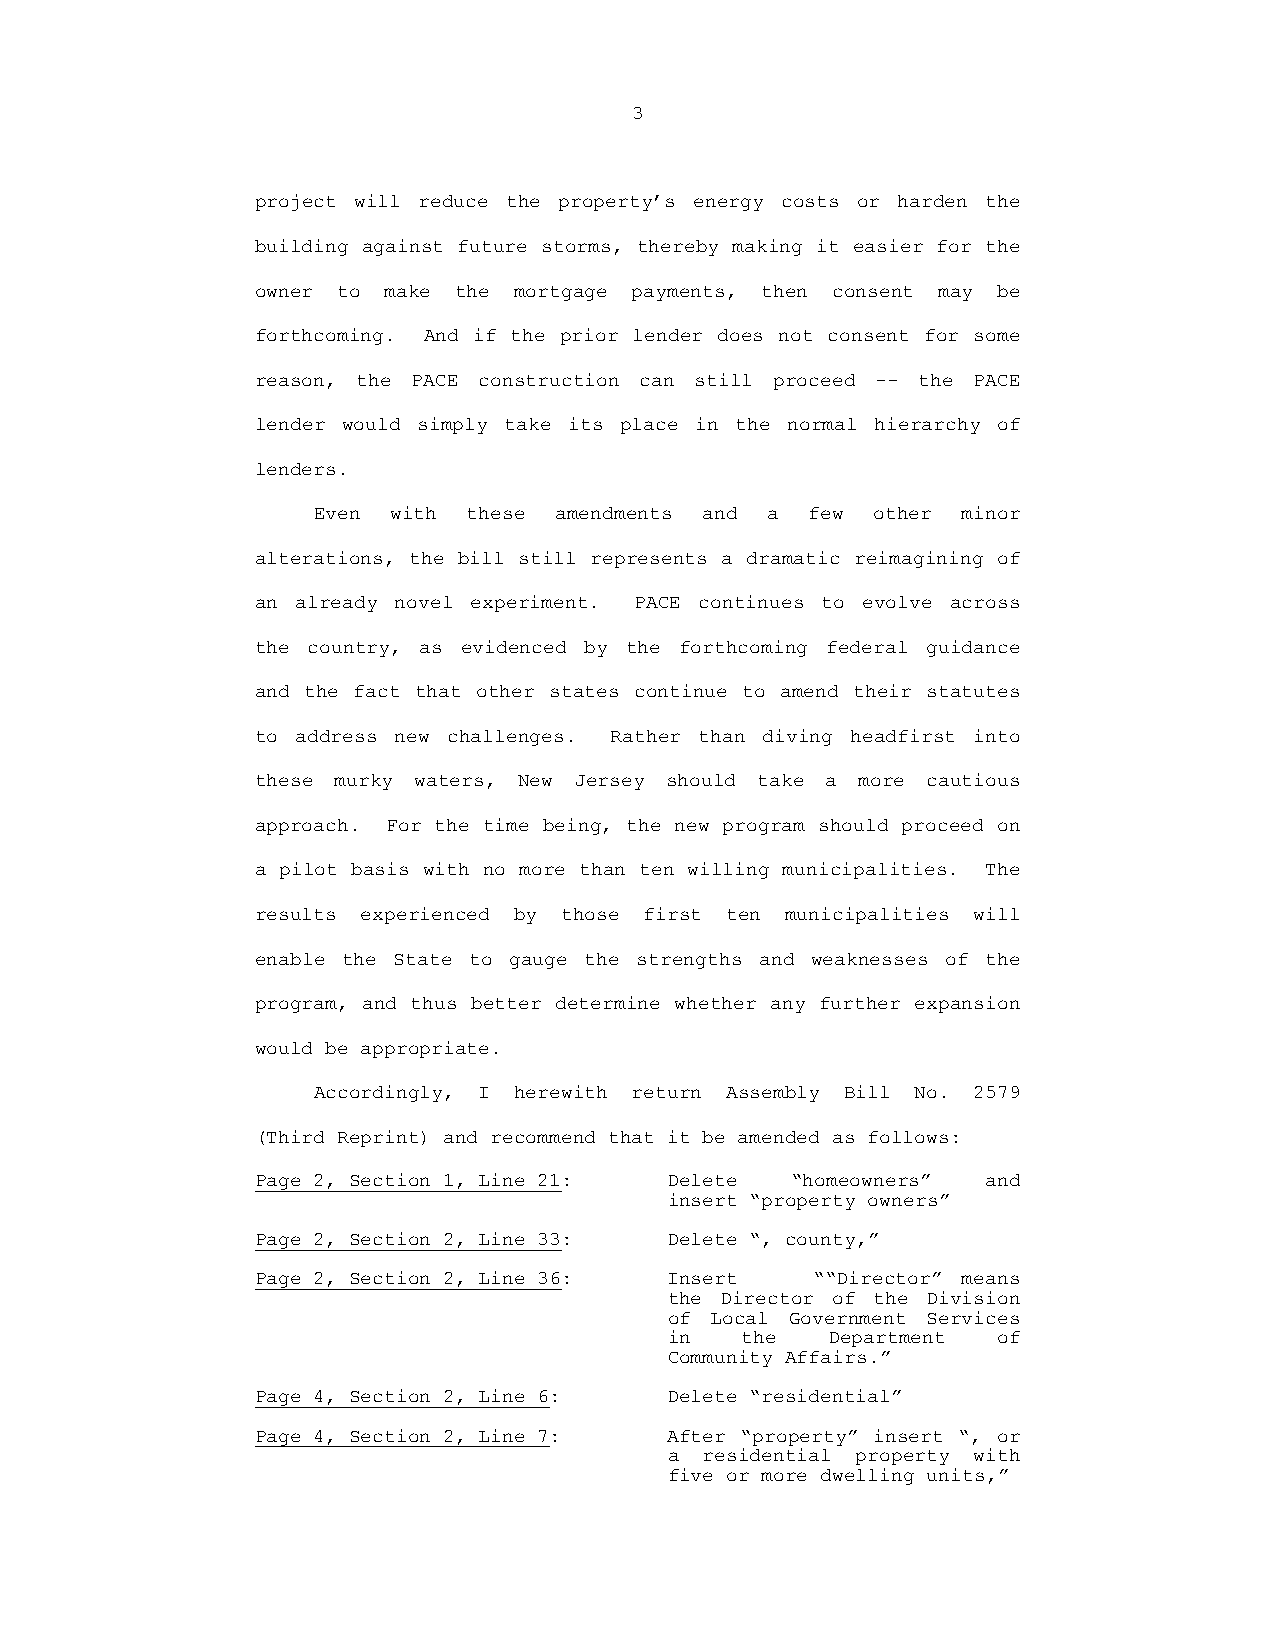
3
 project will reduce the property’s energy costs or harden the
 building against future storms, thereby making it easier for the
 owner to make the mortgage payments, then consent may be
 forthcoming. And if the prior lender does not consent for some
 reason, the PACE construction can still proceed -- the PACE
 lender would simply take its place in the normal hierarchy of
 lenders.
 Even with these amendments and a few other minor
 alterations, the bill still represents a dramatic reimagining of
 an already novel experiment. PACE continues to evolve across
 the country, as evidenced by the forthcoming federal guidance
 and the fact that other states continue to amend their statutes
 to address new challenges. Rather than diving headfirst into
 these murky waters, New Jersey should take a more cautious
 approach. For the time being, the new program should proceed on
 a pilot basis with no more than ten willing municipalities. The
 results experienced by those first ten municipalities will
 enable the State to gauge the strengths and weaknesses of the
 program, and thus better determine whether any further expansion
 would be appropriate.
 Accordingly, I herewith return Assembly Bill No. 2579
 (Third Reprint) and recommend that it be amended as follows:
 Page 2, Section 1, Line 21: Delete “homeowners” and
 insert “property owners”
 Page 2, Section 2, Line 33: Delete “, county,”
 Page 2, Section 2, Line 36: Insert   ““Director” means
 the Director of the Division
 of Local Government Services
 in   the   Department of
 Community Affairs.”
 Page 4, Section 2, Line 6: Delete “residential”
 Page 4, Section 2, Line 7: After “property” insert “, or
 a  residential property with
 five or more dwelling units,”